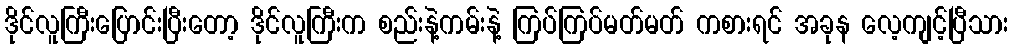
ဒိုင်လူကြီးပြောင်းပြီးတော့ ဒိုင်လူကြီးက စည်းနဲ့ကမ်းနဲ့ ကြပ်ကြပ်မတ်မတ် ကစားရင် အခုန လေ့ကျင့်ပြီသား